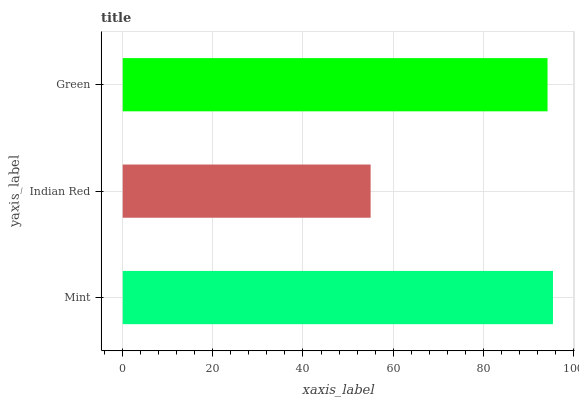
| yaxis_label | bars |
 | --- | --- |
 | Mint | 95.5 |
 | Indian Red | 55 |
 | Green | 94.3 |